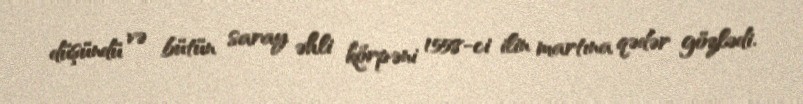
düşündü və bütün saray əhli körpəni 1558-ci ilin martına qədər gözlədi.